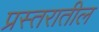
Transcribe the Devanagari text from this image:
प्रस्तरातील